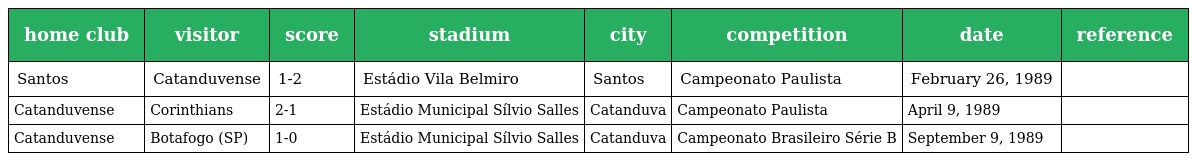
| home club | visitor | score | stadium | city | competition | date | reference |
 | --- | --- | --- | --- | --- | --- | --- | --- |
 | Santos | Catanduvense | 1-2 | Estádio Vila Belmiro | Santos | Campeonato Paulista | February 26, 1989 |  |
 | Catanduvense | Corinthians | 2-1 | Estádio Municipal Sílvio Salles | Catanduva | Campeonato Paulista | April 9, 1989 |  |
 | Catanduvense | Botafogo (SP) | 1-0 | Estádio Municipal Sílvio Salles | Catanduva | Campeonato Brasileiro Série B | September 9, 1989 |  |